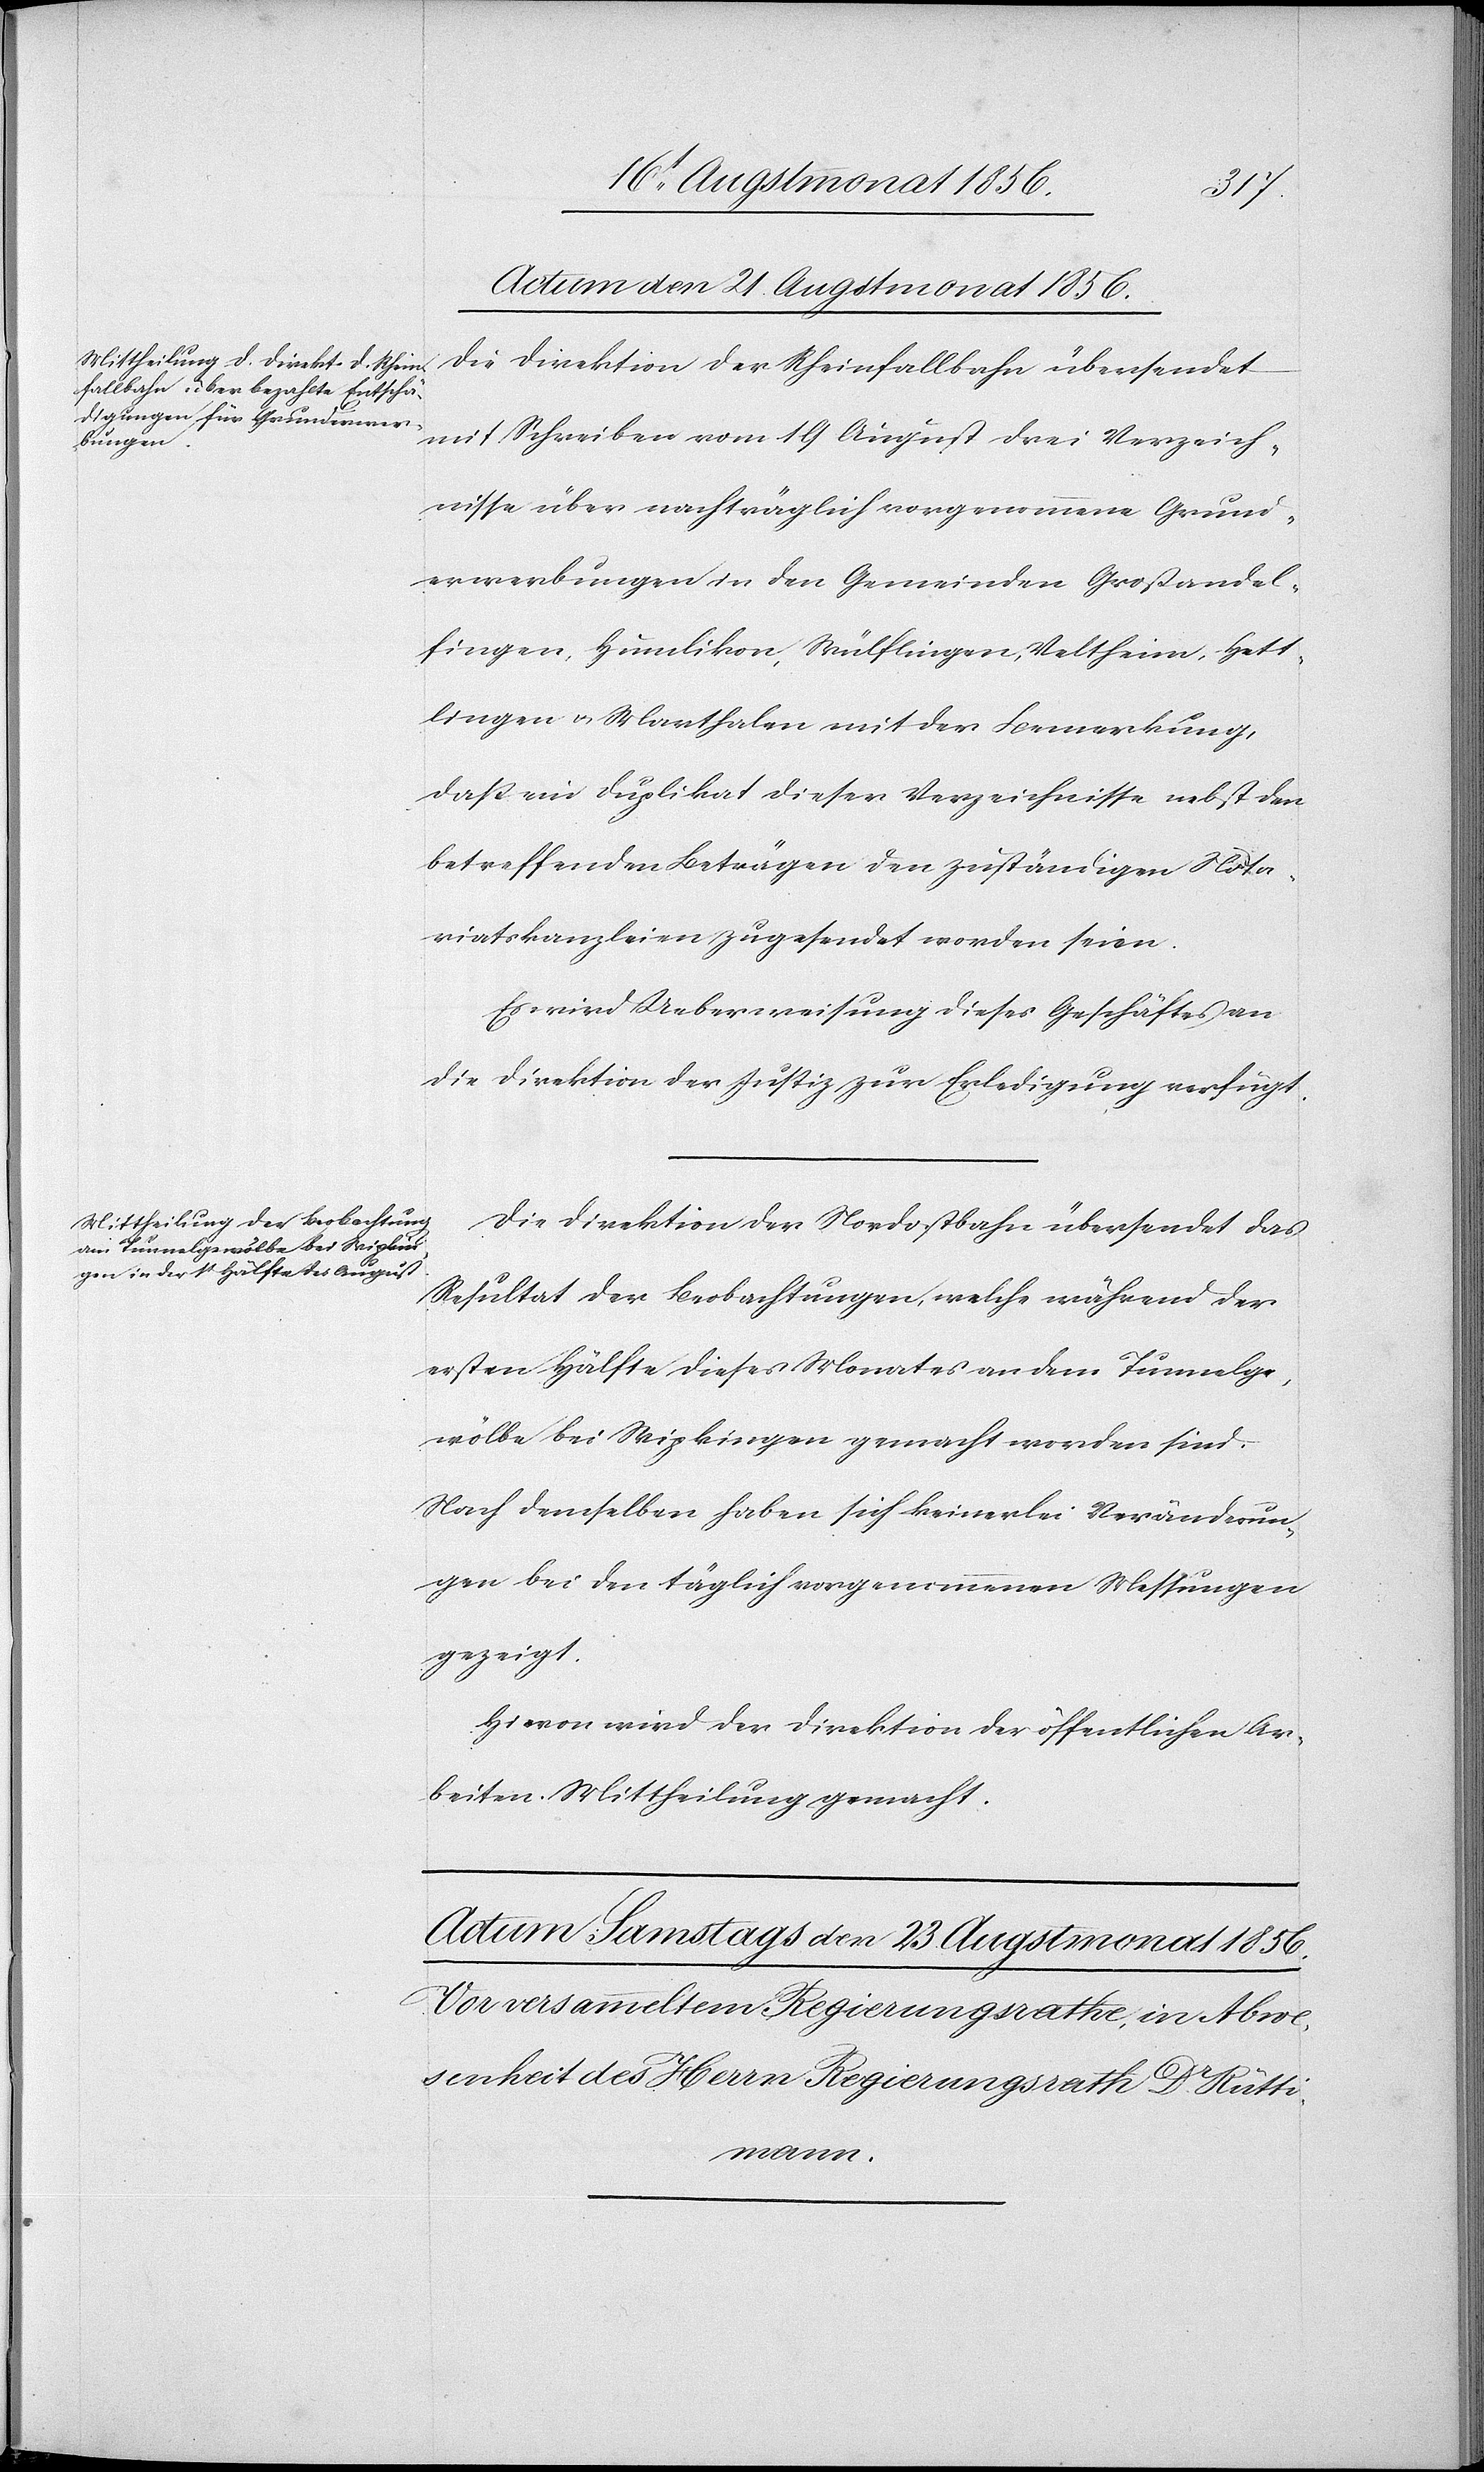
Actum den 21. Augstmonat 1856.]
Die Direktion der Rheinfallbahn übersendet
mit Schreiben vom 19 August drei Verzeich¬
nisse über nachträglich vorgenommene Grund¬
erwerbungen in den Gemeinden Großandel¬
fingen, Humlikon, Wülflingen, Veltheim, Hett¬
lingen u. Marthalen mit der Bemerkung,
dass ein Duplikat dieser Verzeichnisse nebst den
betreffenden Beträgen den zuständigen Nota¬
riatskanzleien zugesendet worden seien.
Es wird Ueberweisung dieses Geschäfts an
die Direktion der Justiz zur Erledigung verfügt.
Die Direktion der Nordostbahn übersendet das
Resultat der Beobachtungen, welche während der
ersten Hälfte dieses Monats an dem Tunnelge¬
wölbe bei Wipkingen gemacht worden sind.
Nach demselben haben sich keinerlei Veränderun¬
gen bei den täglich vorgenommenen Messungen
gezeigt.
Hievon wird der Direktion der öffentlichen Ar¬
beiten Mittheilung gemacht.